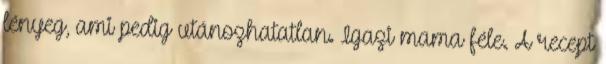
lényeg, ami pedig utánozhatatlan. Igazi mama féle. A recept